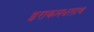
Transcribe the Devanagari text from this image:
इराकमधलाच